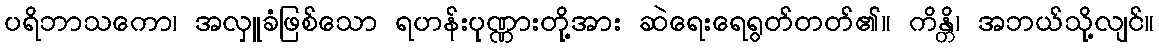
ပရိဘာသကော၊ အလှူခံဖြစ်သော ရဟန်းပုဏ္ဏားတို့အား ဆဲရေးရေရွတ်တတ်၏။ ကိန္တိ၊ အဘယ်သို့လျင်။